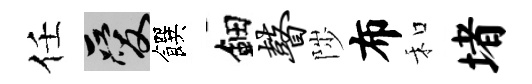
任爱饌鈿瞽陟布和堵